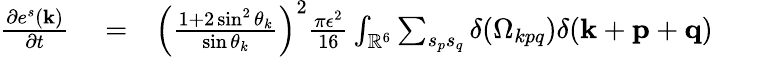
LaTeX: \begin{array}{rlr}{\frac{\partial e^{s}({\mathbf k})}{\partial t}}&{{}=}&{\left(\frac{1+2\sin^{2}\theta_{k}}{\sin\theta_{k}}\right)^{2}\frac{\pi\epsilon^{2}}{16}\int_{{\mathbb{R}}^{6}}\sum_{s_{p}s_{q}}\delta(\Omega_{kpq})\delta({\mathbf k}+{\mathbf p}+{\mathbf q})\quad\quad}\end{array}